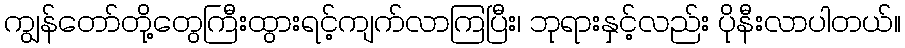
ကျွန်တော်တို့တွေကြီးထွားရင့်ကျက်လာကြပြီး၊ ဘုရားနှင့်လည်း ပိုနီးလာပါတယ်။